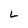
Character: L